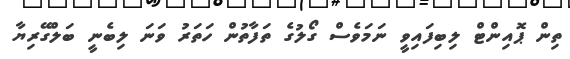
ތިން ޕޮއިންޓް ލިބިފައިވީ ނަމަވެސް ގޯލުގެ ތަފާތުން ހަތަރު ވަނަ ލިބެނީ ބަލްގޭރިޔާ